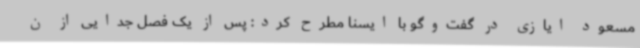
مسعود ایازی در گفت‌وگو با ایسنا مطرح کرد: پس از یک فصل جدایی از ن